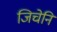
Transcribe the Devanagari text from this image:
जिचेनि